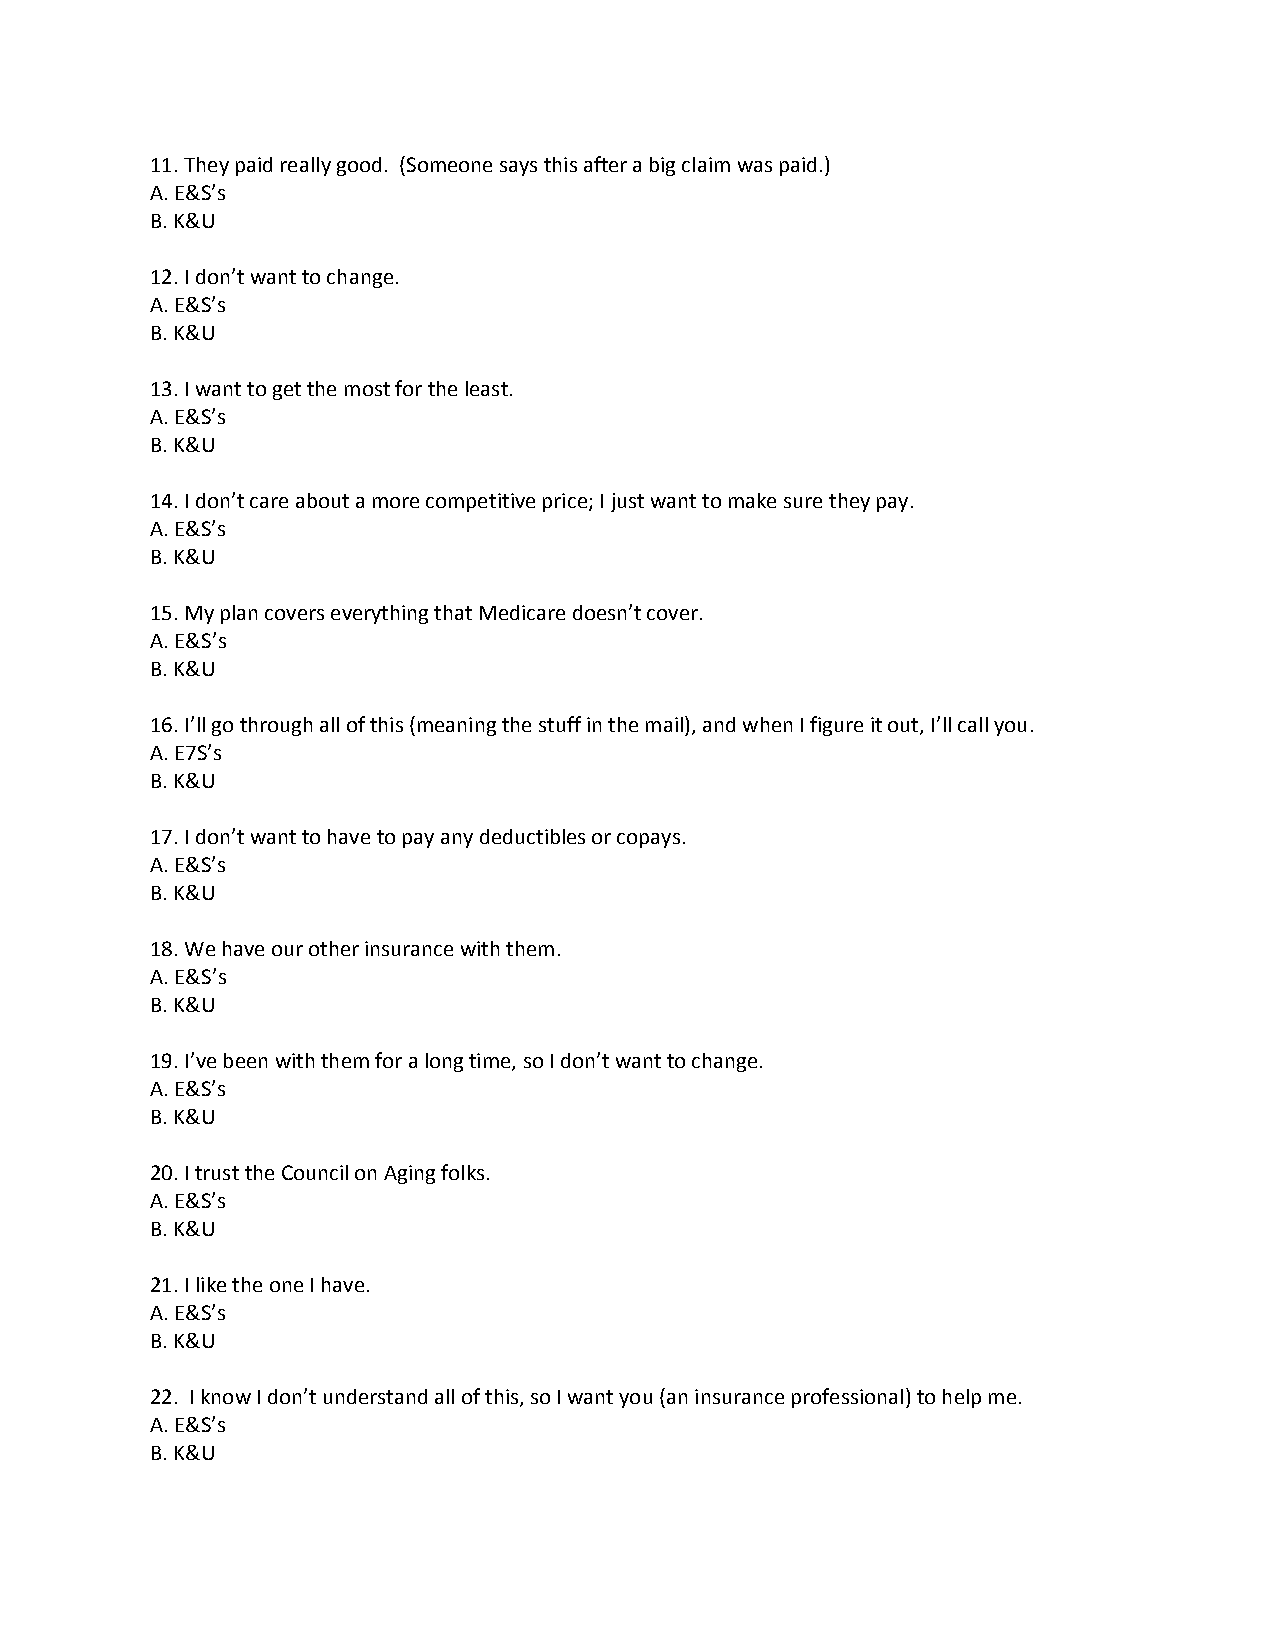
11. They paid really good. (Someone says this after a big claim was paid.)
 A. E&S’s
 B. K&U
 12. I don’t want to change.
 A. E&S’s
 B. K&U
 13. I want to get the most for the least.
 A. E&S’s
 B. K&U
 14. I don’t care about a more competitive price; I just want to make sure they pay.
 A. E&S’s
 B. K&U
 15. My plan covers everything that Medicare doesn’t cover.
 A. E&S’s
 B. K&U
 16. I’ll go through all of this (meaning the stuff in the mail), and when I figure it out, I’ll call you.
 A. E7S’s
 B. K&U
 17. I don’t want to have to pay any deductibles or copays.
 A. E&S’s
 B. K&U
 18. We have our other insurance with them.
 A. E&S’s
 B. K&U
 19. I’ve been with them for a long time, so I don’t want to change.
 A. E&S’s
 B. K&U
 20. I trust the Council on Aging folks.
 A. E&S’s
 B. K&U
 21. I like the one I have.
 A. E&S’s
 B. K&U
 22. I know I don’t understand all of this, so I want you (an insurance professional) to help me.
 A. E&S’s
 B. K&U